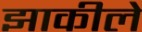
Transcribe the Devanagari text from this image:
झाकीले